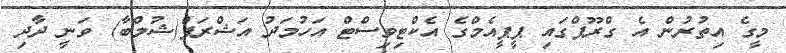
މީގެ އިތުރުން އެ ގްރޫޕްގައި ޕީޕީއެމްގެ އެކްޓިވިސްޓް އަހުމަދު އަޝްރަފް(ޝުމްބާ) ވަނީ ދާދި